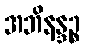
အဘိနန္ဒဉ္စ